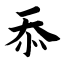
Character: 忝